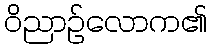
ဝိညာဉ်လောက၏